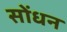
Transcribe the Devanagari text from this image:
सोंधन